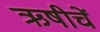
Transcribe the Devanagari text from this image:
ऋषीचें